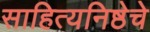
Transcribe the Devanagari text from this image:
साहित्यनिष्ठेचे